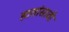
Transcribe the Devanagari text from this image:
हातांसाठी